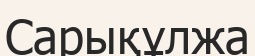
Сарықұлжа